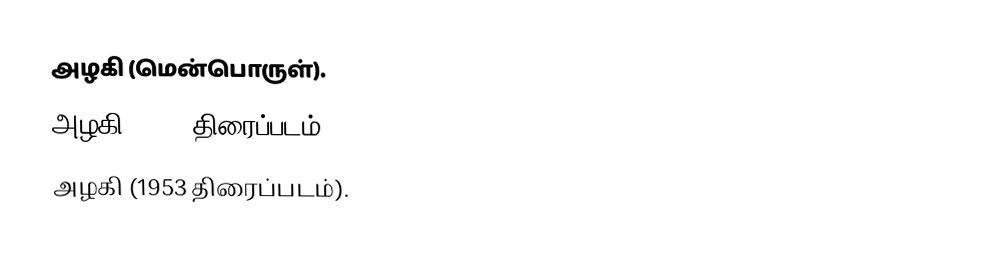
அழகி (மென்பொருள்).
  அழகி (2002 திரைப்படம்).
  அழகி (1953 திரைப்படம்).